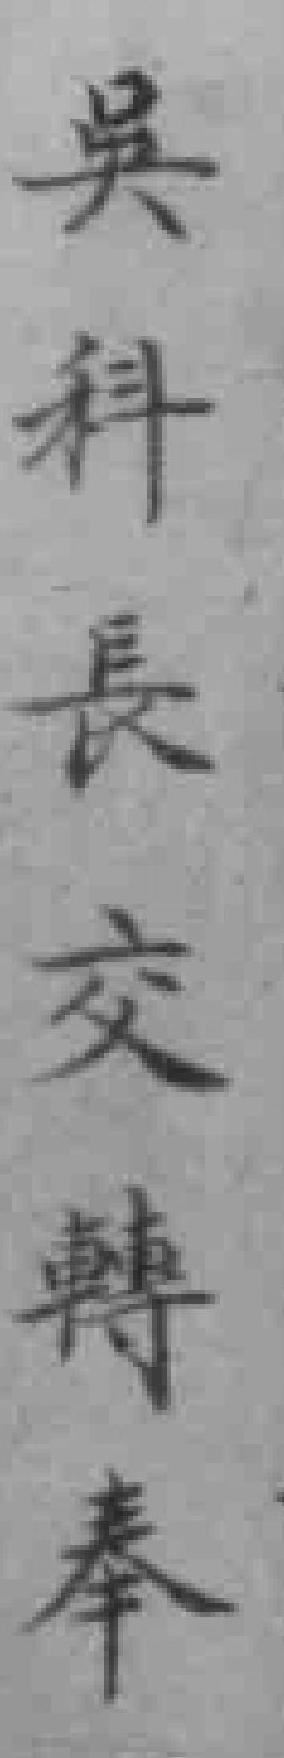
吳科長交轉奉